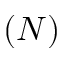
( N )